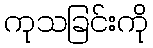
ကုသခြင်းကို